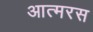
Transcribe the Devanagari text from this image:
आत्मरस